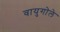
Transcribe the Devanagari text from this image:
वायुगोले